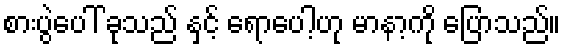
စားပွဲပေါ် ခုသည် နှင့် ရောပေါ့ဟု မာနာ့ကို ပြောသည်။